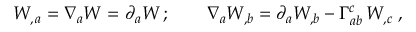
{ \cal W } _ { , \, a } = \nabla _ { a } { \cal W } = \partial _ { a } { \cal W } \, ; \qquad \nabla _ { a } { \cal W } _ { , b } = \partial _ { a } { \cal W } _ { , b } - \Gamma _ { a b } ^ { c } \, { \cal W } _ { , c } \; ,